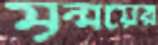
মৃন্ময়ের